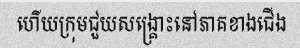
ហើយក្រុមជួយសង្គ្រោះនៅភាគខាងជើង